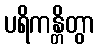
ပရိကန္တိတွာ